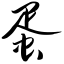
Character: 蛋